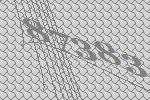
87383